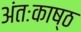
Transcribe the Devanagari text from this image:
अंतःकाष्ठ